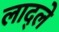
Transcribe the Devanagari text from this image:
लाद्ले